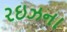
રઇઝના